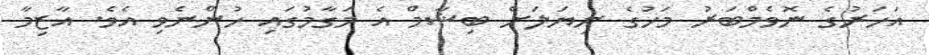
އަހަރުގެ ނޮވެމްބަރު މަހުގެ ނިޔަލަށް ބިޝާމް އެ މަގާމުގައި ހުންނެވި އެވެ. އާޒިމާ